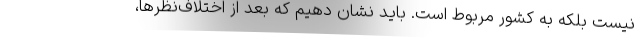
نیست بلکه به کشور مربوط است. باید نشان دهیم که بعد از اختلاف‌نظرها،